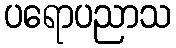
ပရောပညာသ